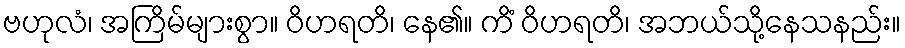
ဗဟုလံ၊ အကြိမ်များစွာ။ ဝိဟရတိ၊ နေ၏။ ကိံ ဝိဟရတိ၊ အဘယ်သို့နေသနည်း။